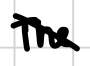
Text: The
Cross-out: diagonal
Writing tool: digital_black